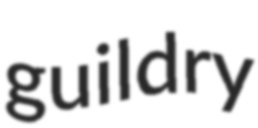
guildry